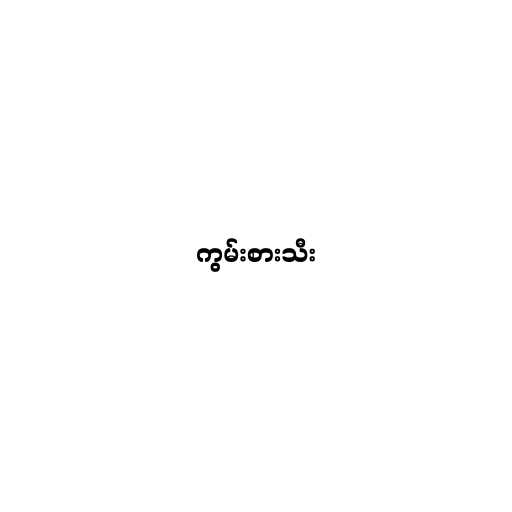
ကွမ်းစားသီး